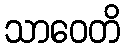
သာဝေတိ